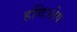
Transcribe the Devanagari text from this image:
हविःशेष